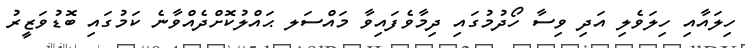
ހިލައާއި ހިލަވެލި އަދި ވިސާ ހޯދުމުގައި ދިމާވެފައިވާ މައްސަލ ޙައްލުކޮށްދެއްވާނެ ކަމުގައި ބޮޑުވަޒީރު